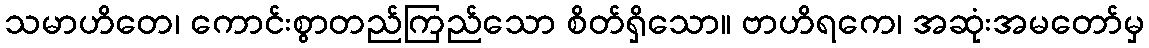
သမာဟိတေ၊ ကောင်းစွာတည်ကြည်သော စိတ်ရှိသော။ ဗာဟိရကေ၊ အဆုံးအမတော်မှ